Indian journal of veterinary science and animal husbandry - Volumes 24-25, 1954-1955
Year: 1954
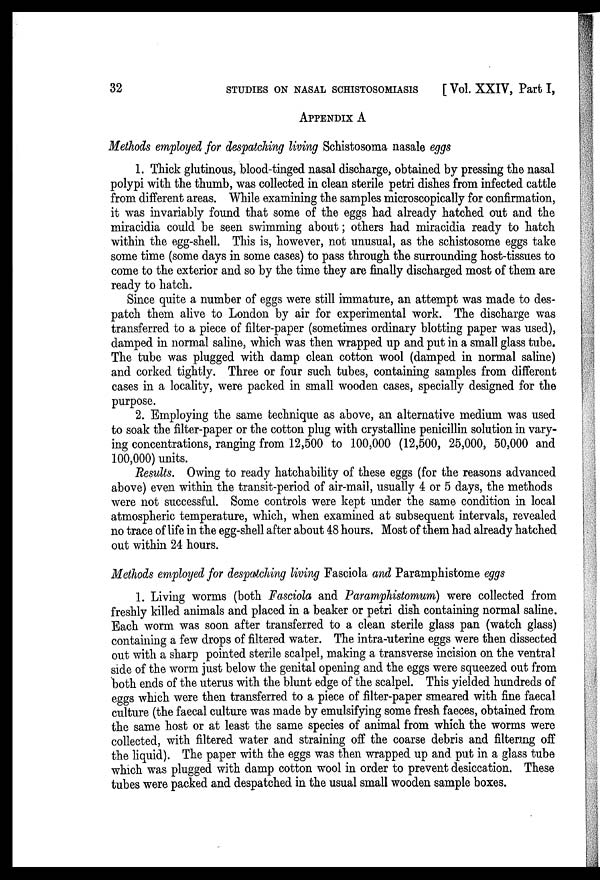
32
STUDIES ON NASAL SCHISTOSOMIASIS
[Vol. XXIV, Part I,
APPENDIX A
Methods employed for despatching living Schistosoma nasale eggs
1. Thick glutinous, blood-tinged nasal discharge, obtained by pressing the nasal
polypi with the thumb, was collected in clean sterile petri dishes from infected cattle
from different areas. While examining the samples microscopically for confirmation,
it was invariably found that some of the eggs had already hatched out and the
miracidia could be seen swimming about; others had miracidia ready to hatch
within the egg-shell. This is, however, not unusual, as the schistosome eggs take
some time (some days in some cases) to pass through the surrounding host-tissues to
come to the exterior and so by the time they are finally discharged most of them are
ready to hatch.
Since quite a number of eggs were still immature, an attempt was made to des-
patch them alive to London by air for experimental work. The discharge was
transferred to a piece of filter-paper (sometimes ordinary blotting paper was used),
damped in normal saline, which was then wrapped up and put in a small glass tube.
The tube was plugged with damp clean cotton wool (damped in normal saline)
and corked tightly. Three or four such tubes, containing samples from different
cases in a locality, were packed in small wooden cases, specially designed for the
purpose.
2. Employing the same technique as above, an alternative medium was used
to soak the filter-paper or the cotton plug with crystalline penicillin solution in vary-
ing concentrations, ranging from 12,500 to 100,000 (12,500, 25,000, 50,000 and
100,000) units.
Results. Owing to ready hatchability of these eggs (for the reasons advanced
above) even within the transit-period of air-mail, usually 4 or 5 days, the methods
were not successful. Some controls were kept under the same condition in local
atmospheric temperature, which, when examined at subsequent intervals, revealed
no trace of life in the egg-shell after about 48 hours. Most of them had already hatched
out within 24 hours.
Methods employed for despatching living Fasciola and Paramphistome eggs
1. Living worms (both Fasciola and Paramphistomum) were collected from
freshly killed animals and placed in a beaker or petri dish containing normal saline.
Each worm was soon after transferred to a clean sterile glass pan (watch glass)
containing a few drops of filtered water. The intra-uterine eggs were then dissected
out with a sharp pointed sterile scalpel, making a transverse incision on the ventral
side of the worm just below the genital opening and the eggs were squeezed out from
both ends of the uterus with the blunt edge of the scalpel. This yielded hundreds of
eggs which were then transferred to a piece of filter-paper smeared with fine faecal
culture (the faecal culture was made by emulsifying some fresh faeces, obtained from
the same host or at least the same species of animal from which the worms were
collected, with filtered water and straining off the coarse debris and filtering off
the liquid). The paper with the eggs was then wrapped up and put in a glass tube
which was plugged with damp cotton wool in order to prevent desiccation. These
tubes were packed and despatched in the usual small wooden sample boxes.